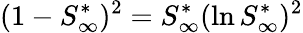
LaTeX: (1-S_{\infty}^{*})^{2}=S_{\infty}^{*}(\ln S_{\infty}^{*})^{2}